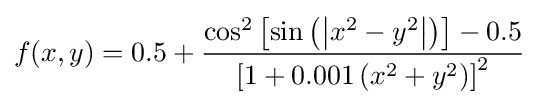
f(x,y)=0.5+{\frac {\cos ^{2}\left[\sin \left(\left|x^{2}-y^{2}\right|\right)\right]-0.5}{\left[1+0.001\left(x^{2}+y^{2}\right)\right]^{2}}}